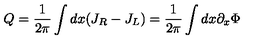
Q = { \frac { 1 } { 2 \pi } } \int d x ( J _ { R } - J _ { L } ) = { \frac { 1 } { 2 \pi } } \int d x \partial _ { x } \Phi